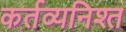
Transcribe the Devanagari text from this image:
कर्तव्यनिश्त